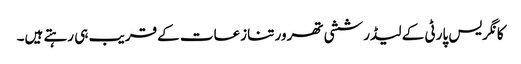
کانگریس پارٹی کے لیڈر ششی تھرور تنازعات کے قریب ہی رہتے ہیں۔